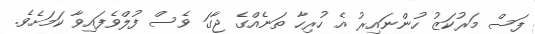
ފަސް މަރުކަޒު ހުންނައިރު އެ ހުރިހާ ތަނެއްގެ ޖާގަ ވެސް ފުލްވެފައިވާ ކަމަށެވެ.